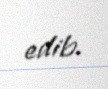
edib.